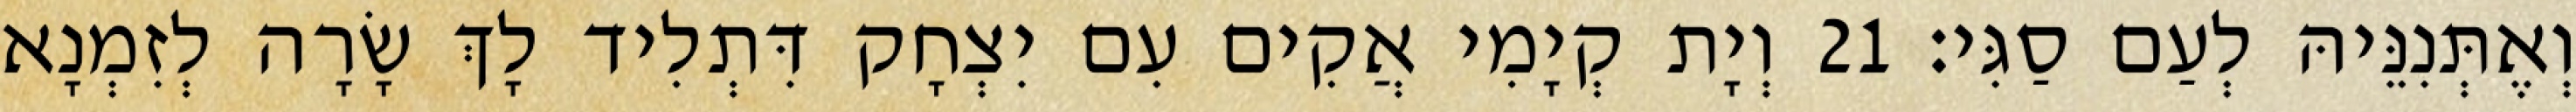
וְאֶתְּנִנֵּיהּ לְעַם סַגִּי׃ 21 וְיָת קְיָמִי אֲקִים עִם יִצְחָק דִּתְלִיד לָךְ שָׂרָה לְזִמְנָא